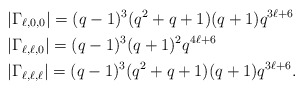
\begin{align*} &|\Gamma_{\ell,0,0}|=(q-1)^3(q^2+q+1)(q+1)q^{3\ell+6}\\&|\Gamma_{\ell,\ell,0}|=(q-1)^3(q+1)^2q^{4\ell+6}\\ &|\Gamma_{\ell,\ell,\ell}|=(q-1)^3(q^2+q+1)(q+1)q^{3\ell+6}. \end{align*}